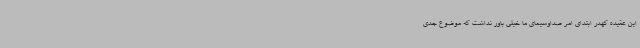
این عقیده کهدر ابتدای امر صداوسیمای ما خیلی باور نداشت که موضوع جدی